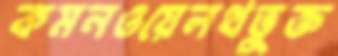
কমনওয়েলথভুক্ত